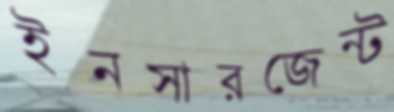
ইনসারজেন্ট